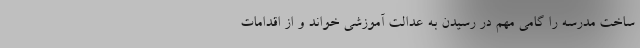
ساخت مدرسه را گامی مهم در رسیدن به عدالت آموزشی خواند و از اقدامات